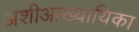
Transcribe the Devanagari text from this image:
अशीआख्यायिका